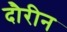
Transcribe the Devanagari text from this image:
दौरीन